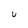
Character: U